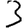
Digit: 3